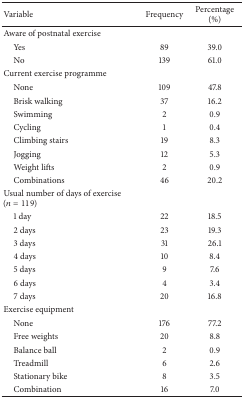
| Variable | Frequency | Percentage (%) |
 | --- | --- | --- |
 | Aware of postnatal exercise |  |  |
 | Yes | 89 | 39.0 |
 | No | 139 | 61.0 |
 | Current exercise programme |  |  |
 | None | 109 | 47.8 |
 | Brisk walking | 37 | 16.2 |
 | Swimming | 2 | 0.9 |
 | Cycling | 1 | 0.4 |
 | Climbing stairs | 19 | 8.3 |
 | Jogging | 12 | 5.3 |
 | Weight lifts | 2 | 0.9 |
 | Combinations | 46 | 20.2 |
 | Usual number of days of exercise (n = 119) |  |  |
 | 1 day | 22 | 18.5 |
 | 2 days | 23 | 19.3 |
 | 3 days | 31 | 26.1 |
 | 4 days | 10 | 8.4 |
 | 5 days | 9 | 7.6 |
 | 6 days | 4 | 3.4 |
 | 7 days | 20 | 16.8 |
 | Exercise equipment |  |  |
 | None | 176 | 77.2 |
 | Free weights | 20 | 8.8 |
 | Balance ball | 2 | 0.9 |
 | Treadmill | 6 | 2.6 |
 | Stationary bike | 8 | 3.5 |
 | Combination | 16 | 7.0 |